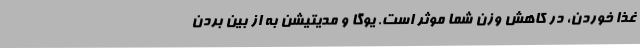
غذا خوردن، در کاهش وزن شما موثر است. یوگا و مدیتیشن به از بین بردن